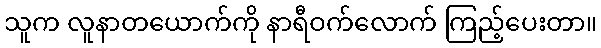
သူက လူနာတယောက်ကို နာရီဝက်လောက် ကြည့်ပေးတာ။